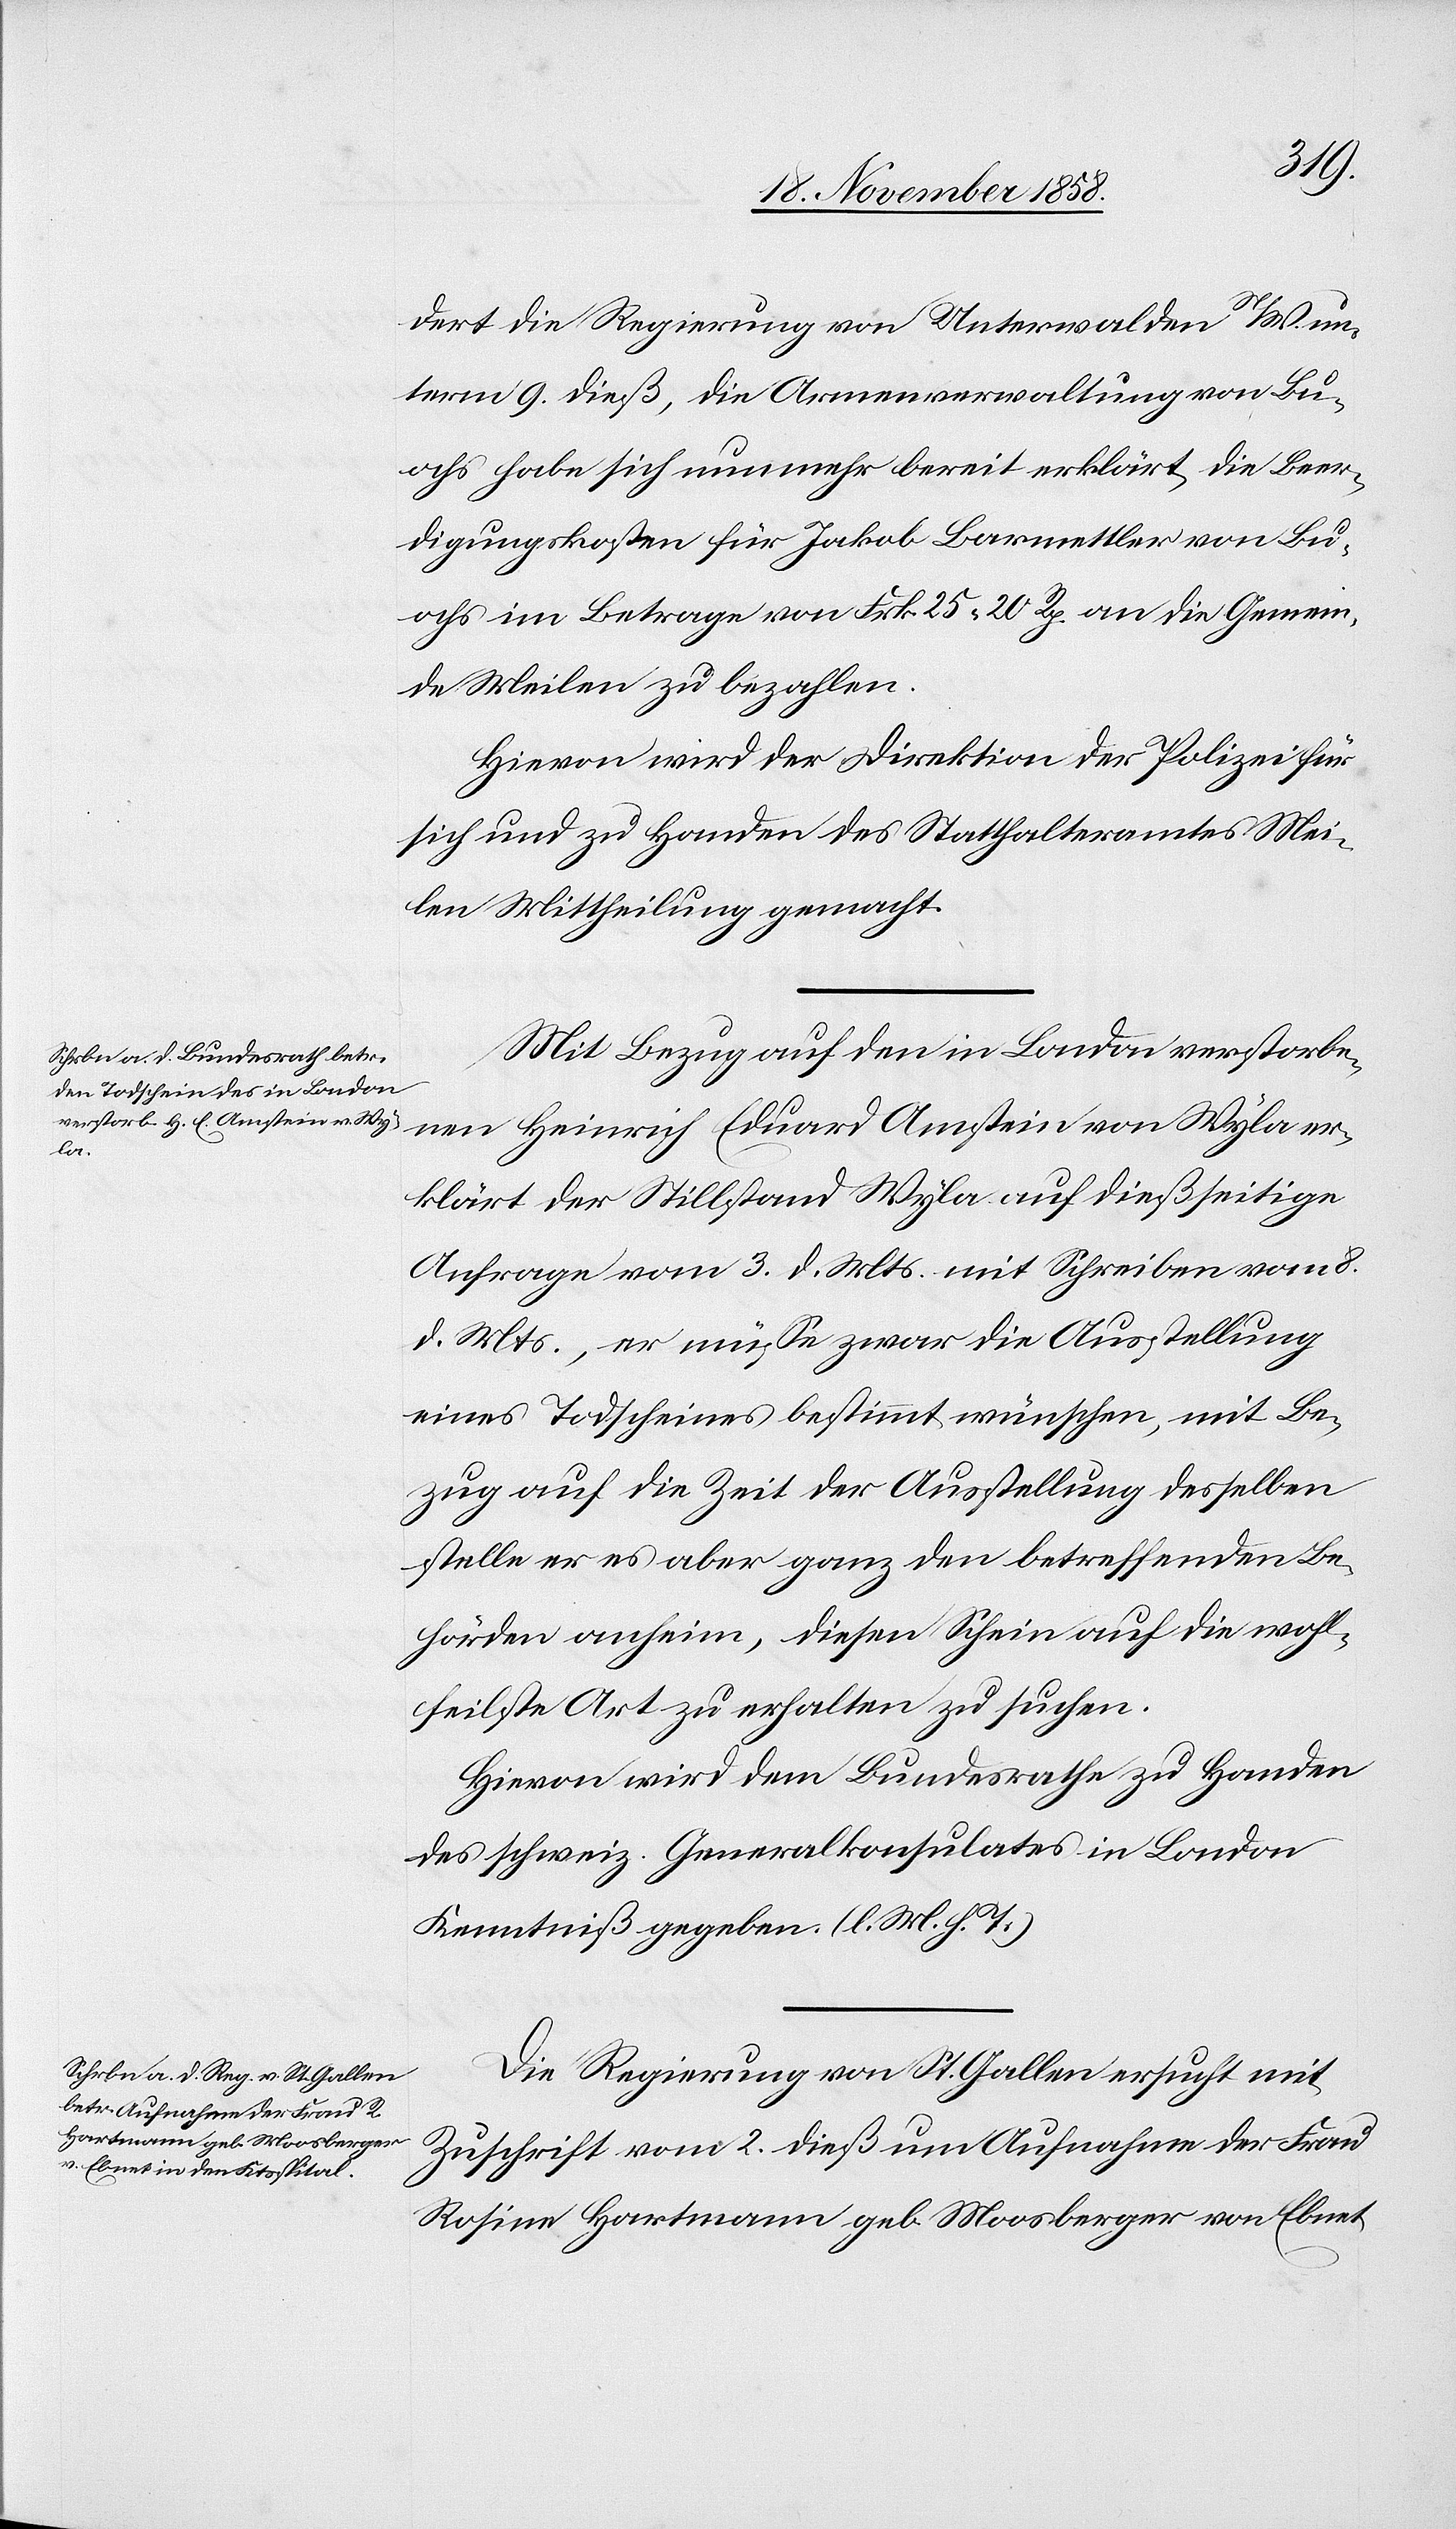
dert die Regierung von Unterwalden N/W. un¬
term 9. dieß, die Armenverwaltung von Bu¬
ochs habe sich nunmehr bereit erklärt, die Beer¬
digungskosten für Jakob Barmettler von Bu¬
ochs im Betrage von Frk. 25 20 Rp. an die Gemein¬
de Meilen zu bezahlen.
Hievon wird der Direktion der Polizei für
sich und zu Handen des Statthalteramtes Mei¬
len Mittheilung gemacht.
Mit Bezug auf den in London verstorbenen
er¬
klärt der Stillstand Wyla auf dießseitige
Anfrage vom 3. d. Mts. mit Schreiben vom 8.
d. Mts., er müsse zwar die Ausstellung
eines Todscheines bestimmt wünschen, mit Be¬
zug auf die Zeit der Ausstellung desselben
stelle er es aber ganz den betreffenden Be¬
hörden anheim, diesen Schein auf die wohl¬
feilste Art zu erhalten zu suchen.
Hievon wird dem Bundesrathe zu Handen
des schweiz. Generalkonsulates in London
Kenntniß gegeben. (l. M. h. T.)
Die Regierung von St. Gallen ersucht mit
Zuschrift vom 2. dieß um Aufnahme der Frau
Rosine Hartmann geb. Moosberger von Ebnet